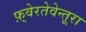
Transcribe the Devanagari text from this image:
फ़्वेरतेवेन्तूरा